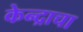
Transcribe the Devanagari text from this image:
केन्द्राचा